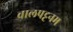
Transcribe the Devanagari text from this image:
वालपट्टनम